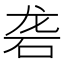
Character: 砻